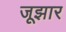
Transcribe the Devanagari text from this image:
जूझार